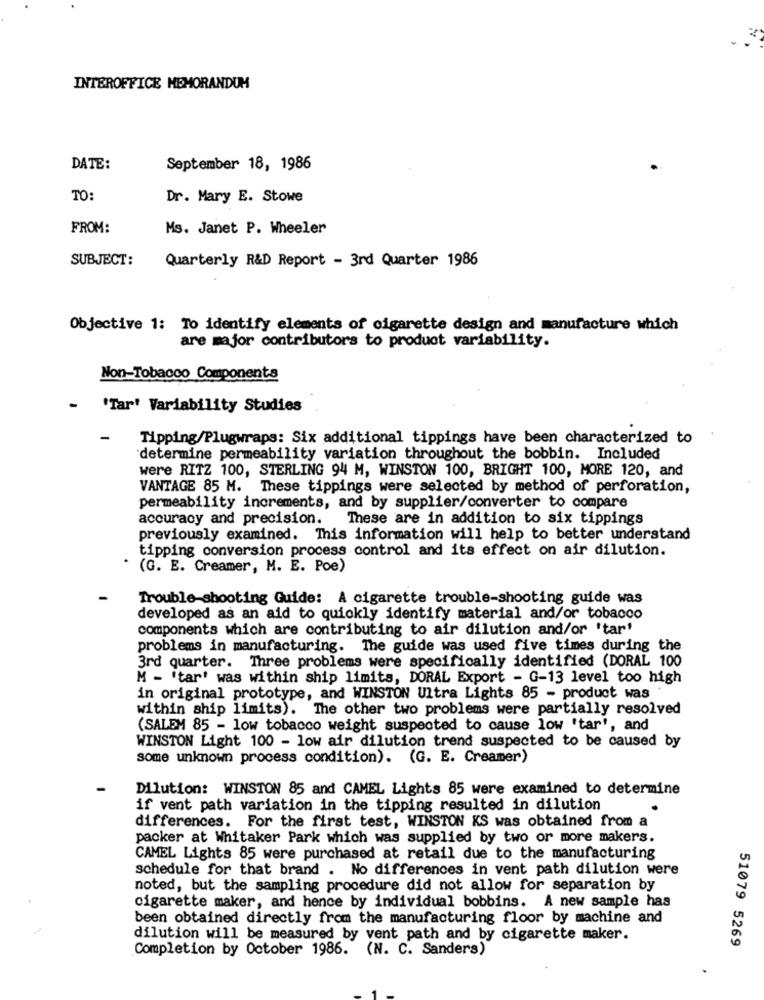
INTEROFFICE MEMORANDUM
DATE:
September 18, 1986
TO
Dr. Mary E. Stowe
FROM:
Ms. Janet P. Wheeler
SUBJECT:
Quarterly R&D Report - 3rd Quarter 1986
Objective 1: To identify elements of cigarette design and manufacture which
are major contributors to product variability.
Non-Tobacco Components
'Tar' Variability Studies
-
Tipping/Plugwraps: Six additional tippings have been characterized to
determine permeability variation throughout the bobbin. Included
were RITZ 100, STERLING 94 M, WINSTON 100, BRIGHT 100, MORE 120, and
VANTAGE 85 M. These tippings were selected by method of perforation,
permeability increments, and by supplier/converter to compare
accuracy and precision.
These are in addition to six tippings
previously examined. This information will help to better understand
tipping conversion process control and its effect on air dilution.
(G. E. Creamer, M. E. Poe)
Trouble-shooting Guide: A cigarette trouble-shooting guide was
developed as an aid to quickly identify material and/or tobacco
components which are contributing to air dilution and/or 'tar'
problems in manufacturing. The guide was used five times during the
3rd quarter. Three problems were specifically identified (DORAL 100
M - 'tar' was within ship limits, DORAL Export - G-13 level too high
in original prototype, and WINSTON Ultra Lights 85 - product was
within ship limits). The other two problems were partially resolved
(SALEM 85 - low tobacco weight suspected to cause low 'tar', and
WINSTON Light 100 - low air dilution trend suspected to be caused by
some unknown process condition). (G. E. Creamer)
Dilution: WINSTON 85 and CAMEL Lights 85 were examined to determine
if vent path variation in the tipping resulted in dilution
differences. For the first test, WINSTON KS was obtained from a
packer at Whitaker Park which was supplied by two or more makers.
CAMEL Lights 85 were purchased at retail due to the manufacturing
schedule for that brand . No differences in vent path dilution were
noted, but the sampling procedure did not allow for separation by
cigarette maker, and hence by individual bobbins. A new sample has
been obtained directly from the manufacturing floor by machine and
dilution will be measured by vent path and by cigarette maker.
Completion by October 1986. (N. C. Sanders)
51079 5269